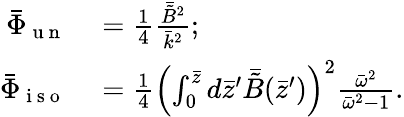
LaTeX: \begin{array}{rl}{\bar{\Phi}_{\mathrm{~u~n~}}}&{{}=\frac{1}{4}\frac{\bar{\tilde{B}}^{2}}{\bar{k}^{2}};}\\ {\bar{\Phi}_{\mathrm{~i~s~o~}}}&{{}=\frac{1}{4}\left(\int_{0}^{\bar{z}}d\bar{z}^{\prime}\bar{\tilde{B}}(\bar{z}^{\prime})\right)^{2}\frac{\bar{\omega}^{2}}{\bar{\omega}^{2}-1}.}\end{array}